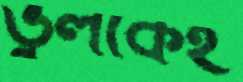
ভুলকেই